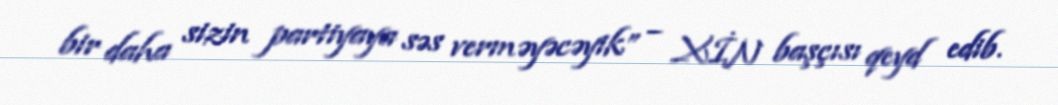
bir daha sizin partiyaya səs verməyəcəyik” – XİN başçısı qeyd edib.